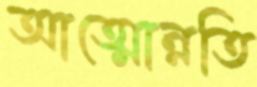
আত্মোন্নতি